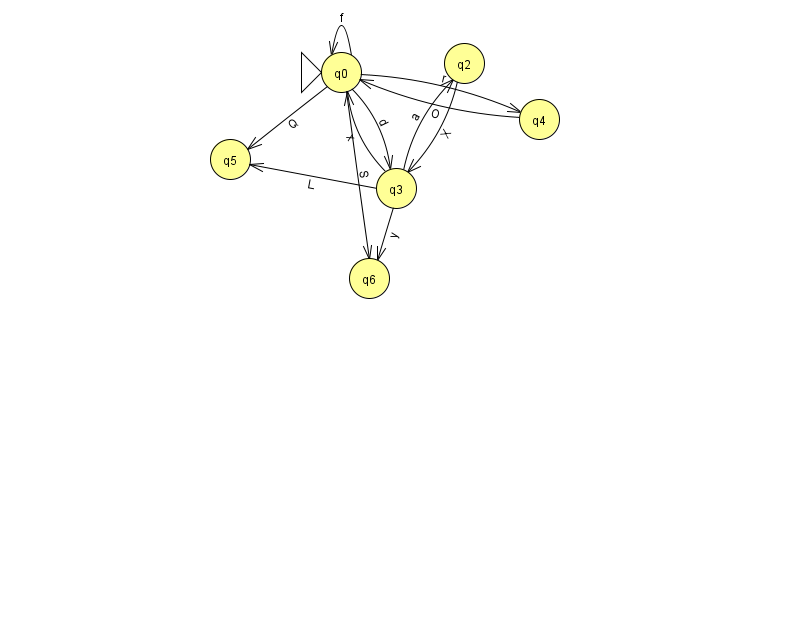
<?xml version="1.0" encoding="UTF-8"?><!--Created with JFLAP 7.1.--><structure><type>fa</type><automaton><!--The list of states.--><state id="0" name="q0"><x>341.0</x><y>59.0</y><initial/></state><state id="2" name="q2"><x>464.0</x><y>50.0</y></state><state id="3" name="q3"><x>396.0</x><y>175.0</y></state><state id="4" name="q4"><x>539.0</x><y>106.0</y></state><state id="5" name="q5"><x>230.0</x><y>146.0</y></state><state id="6" name="q6"><x>369.0</x><y>265.0</y></state><!--The list of transitions.--><transition><from>4</from><to>0</to><read>O</read></transition><transition><from>2</from><to>3</to><read>X</read></transition><transition><from>0</from><to>3</to><read>d</read></transition><transition><from>0</from><to>6</to><read>S</read></transition><transition><from>0</from><to>5</to><read>Q</read></transition><transition><from>0</from><to>0</to><read>f</read></transition><transition><from>3</from><to>0</to><read>x</read></transition><transition><from>3</from><to>5</to><read>L</read></transition><transition><from>3</from><to>2</to><read>a</read></transition><transition><from>0</from><to>4</to><read>r</read></transition><transition><from>3</from><to>6</to><read>y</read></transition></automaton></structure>